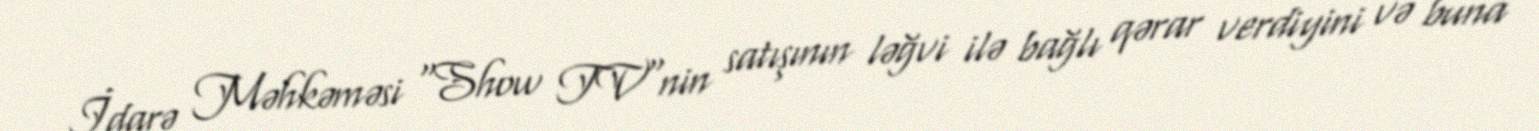
İdarə Məhkəməsi "Show TV"nin satışının ləğvi ilə bağlı qərar verdiyini və buna